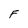
Character: F